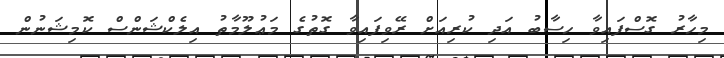
މިހާރު ގޮސްފައިވާ ހިސާބު އަދި ކުރިއަށް ރޭވިފައިވާ ގޮތުގެ މަޢުލޫމާތު އިލެކްޝަންސް ކޮމިޝަނުން